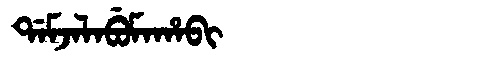
Manchu: ᡩᠠᠮᠵᠠᠯᠠᠪᡠᠮᠠᡥᠠᠪᡳ
Romanization: DAMJALABUMAHABI